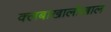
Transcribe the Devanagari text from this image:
क्लबाखालोखाल